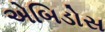
એબિડોસ